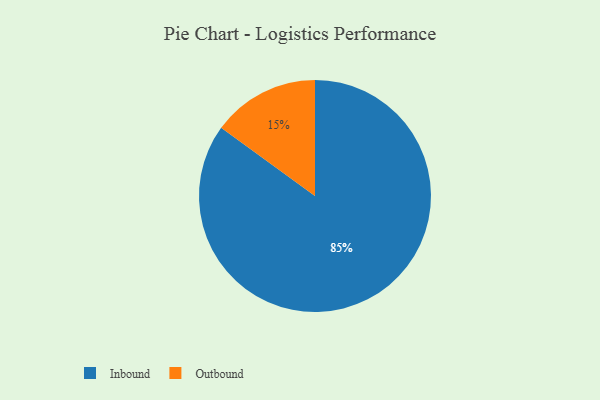
{"axis": {"x": "Category", "y": "Percentage"}, "legend": ["Inbound", "Outbound"], "data": [{"x": "Inbound", "y": 85, "type": "Inbound"}, {"x": "Outbound", "y": 15, "type": "Outbound"}]}